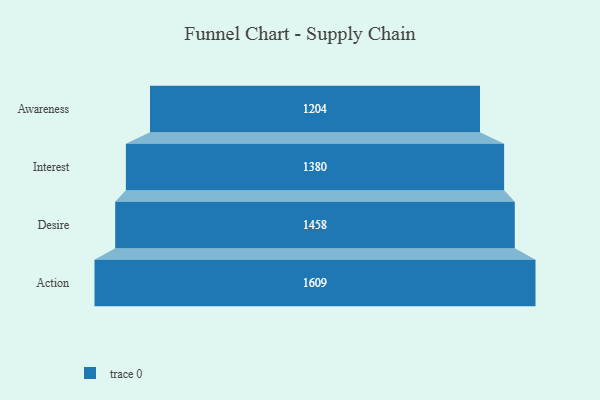
{"axis": {"x": "Stage", "y": "Value"}, "legend": [""], "data": [{"x": "Awareness", "y": 1204.0, "type": ""}, {"x": "Interest", "y": 1380.0, "type": ""}, {"x": "Desire", "y": 1458.0, "type": ""}, {"x": "Action", "y": 1609.0, "type": ""}]}